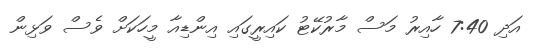
އަދި 7:40 ހާއިރު މަސް މާރުކޭޓު ކައިރީގައި އިންޑިއާ މީހަކަށް ވެސް ވަޅިން